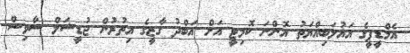
އެމްޑީޕީގެ އަޣުލަބިއްޔަތު އޮންނަ ކޮމިޓީ އަށް އަބްދު ގާޒީގެ އިތުރުން ޖުޑީޝަލް ސާވިސް